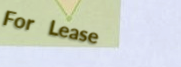
For Lease